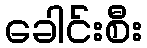
ခေါင်းစီး